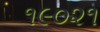
૧૯૦૨૧